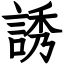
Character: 誘